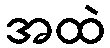
အထဲ